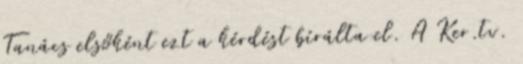
Tanács elsőként ezt a kérdést bírálta el. A Ker.tv.